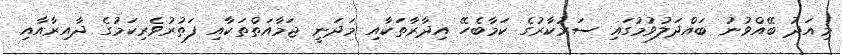
މިއަދު ބޭއްވުނު ބައްދަލުވުމުގައި ސަރުކާރުގެ ކަމާބެހޭ އިދާރާތަކާއި މަދަނީ ޖަމާއަތްތަކާއި ފަތުރުވެރިކަމުގެ ދާއިރާއާއި